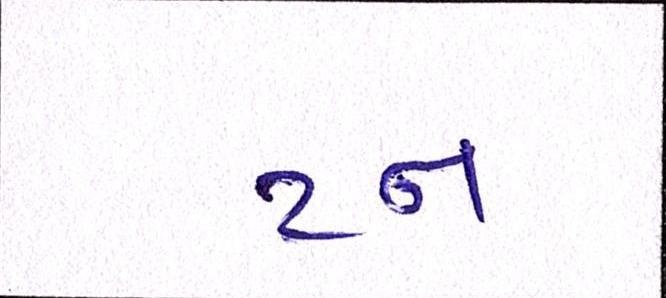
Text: ટન